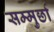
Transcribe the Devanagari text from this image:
सम्मुर्छा